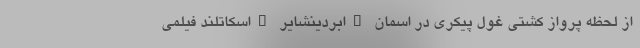
از لحظه پرواز کشتی غول پیکری در اسمان "ابردینشایر "اسکاتلند فیلمی